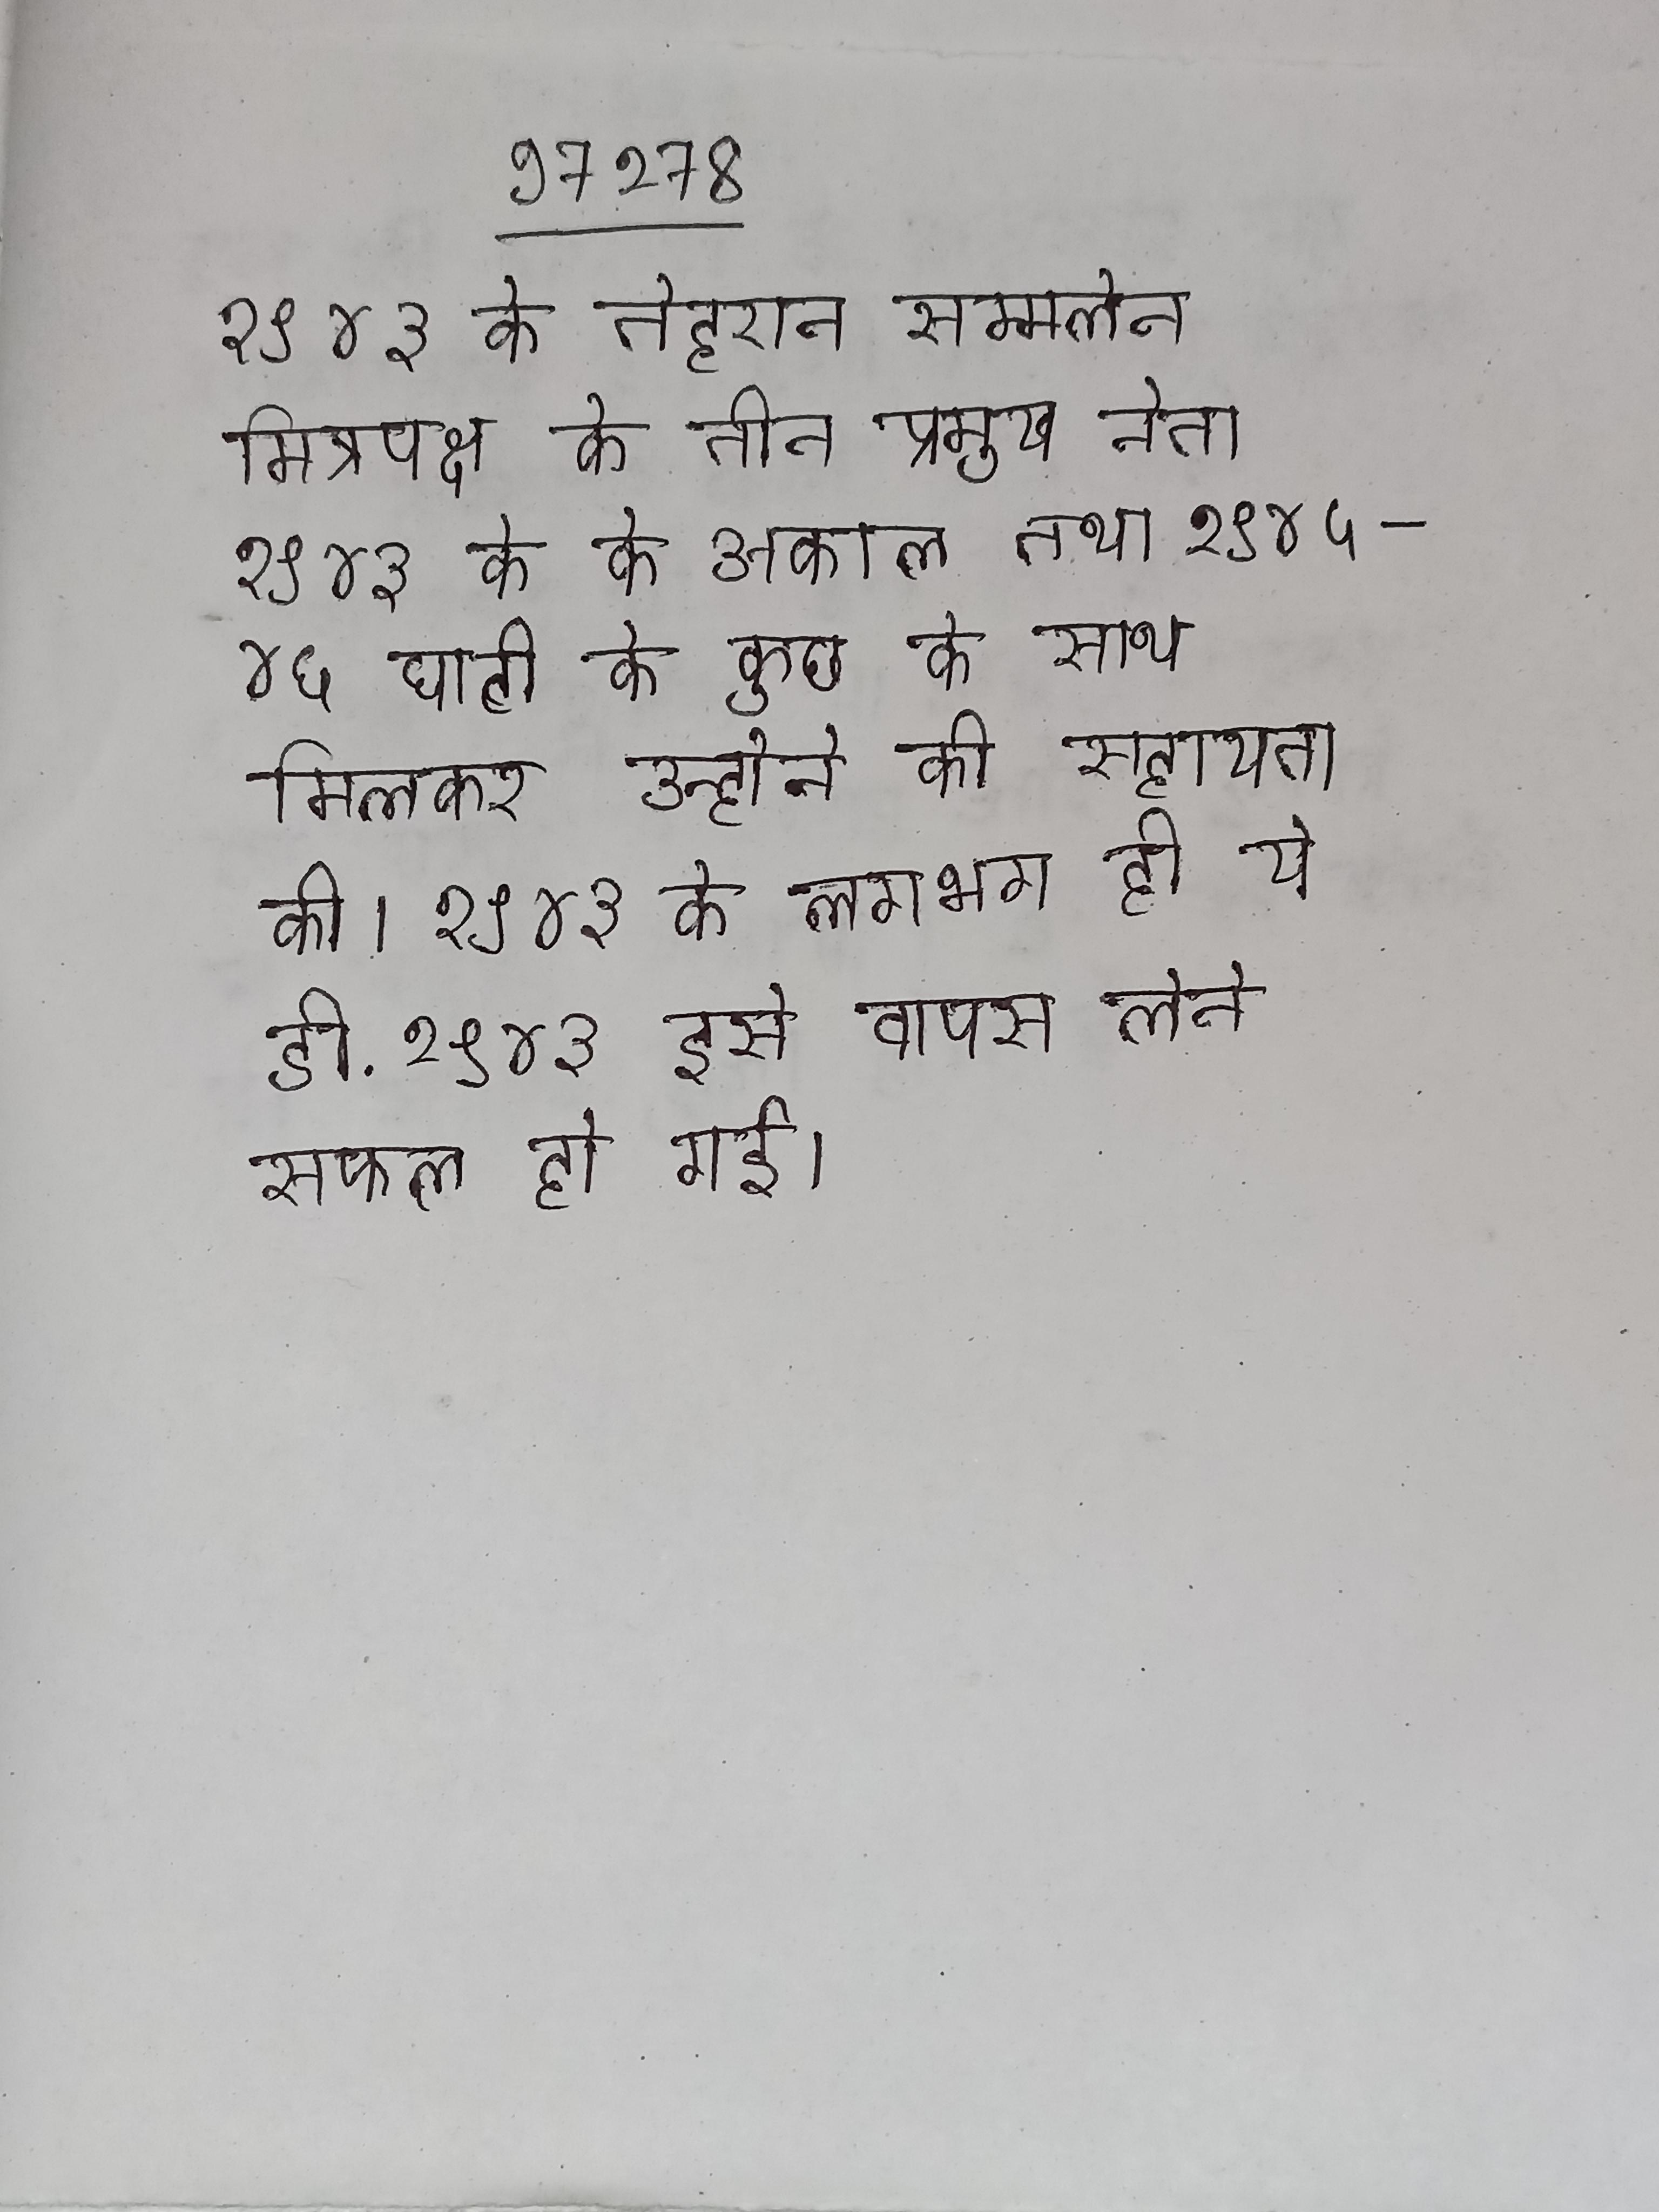
१९४३ के तेहरान सम्मलेन मित्रपक्ष के तीन प्रमुख नेता १९४३ के के अकाल तथा १९४५-४६ घाटी के कुछ के साथ मिलकर उन्होने की सहायता की । १९४३ के लगभग ही ये डी . १९४३ इसे वापस लेने सफल हो गई ।